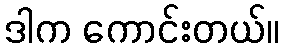
ဒါက ကောင်းတယ်။